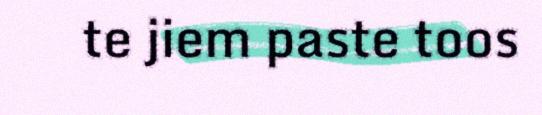
te jiem paste toos